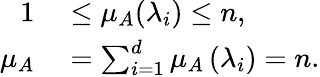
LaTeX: \begin{array}{rl}{1}&{{}\leq\mu_{A}(\lambda_{i})\leq n,}\\ {\mu_{A}}&{{}=\sum_{i=1}^{d}\mu_{A}\left(\lambda_{i}\right)=n.}\end{array}